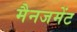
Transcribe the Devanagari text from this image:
मैनजमेंट